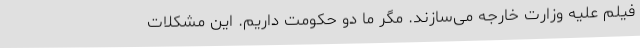
فیلم علیه وزارت خارجه می‌سازند. مگر ما دو حکومت داریم. این مشکلات